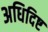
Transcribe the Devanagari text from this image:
अधिदिष्ट